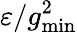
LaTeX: \varepsilon/g_{\mathrm{min}}^{2}